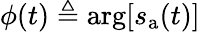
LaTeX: \phi(t)\triangleq\arg\! \left[s_{\mathrm{a}}(t)\right]